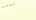
السمين